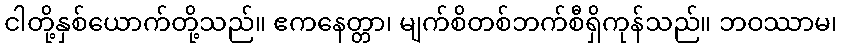
ငါတို့နှစ်ယောက်တို့သည်။ ဧကနေတ္တာ၊ မျက်စိတစ်ဘက်စီရှိကုန်သည်။ ဘဝဿာမ၊